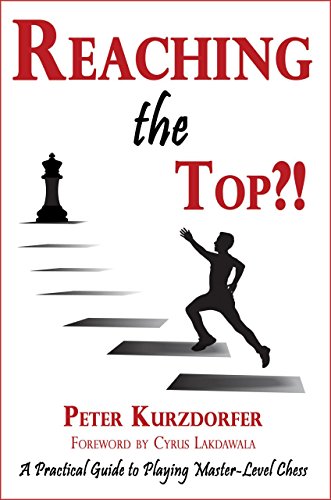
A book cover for Reaching the Top?!: A Practical Guide to Playing Master-Level Chess; Peter Kurzdorfer; Humor & Entertainment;